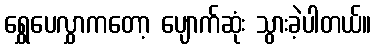
ရွှေပေလွှာကတော့ ပျောက်ဆုံး သွားခဲ့ပါတယ်။